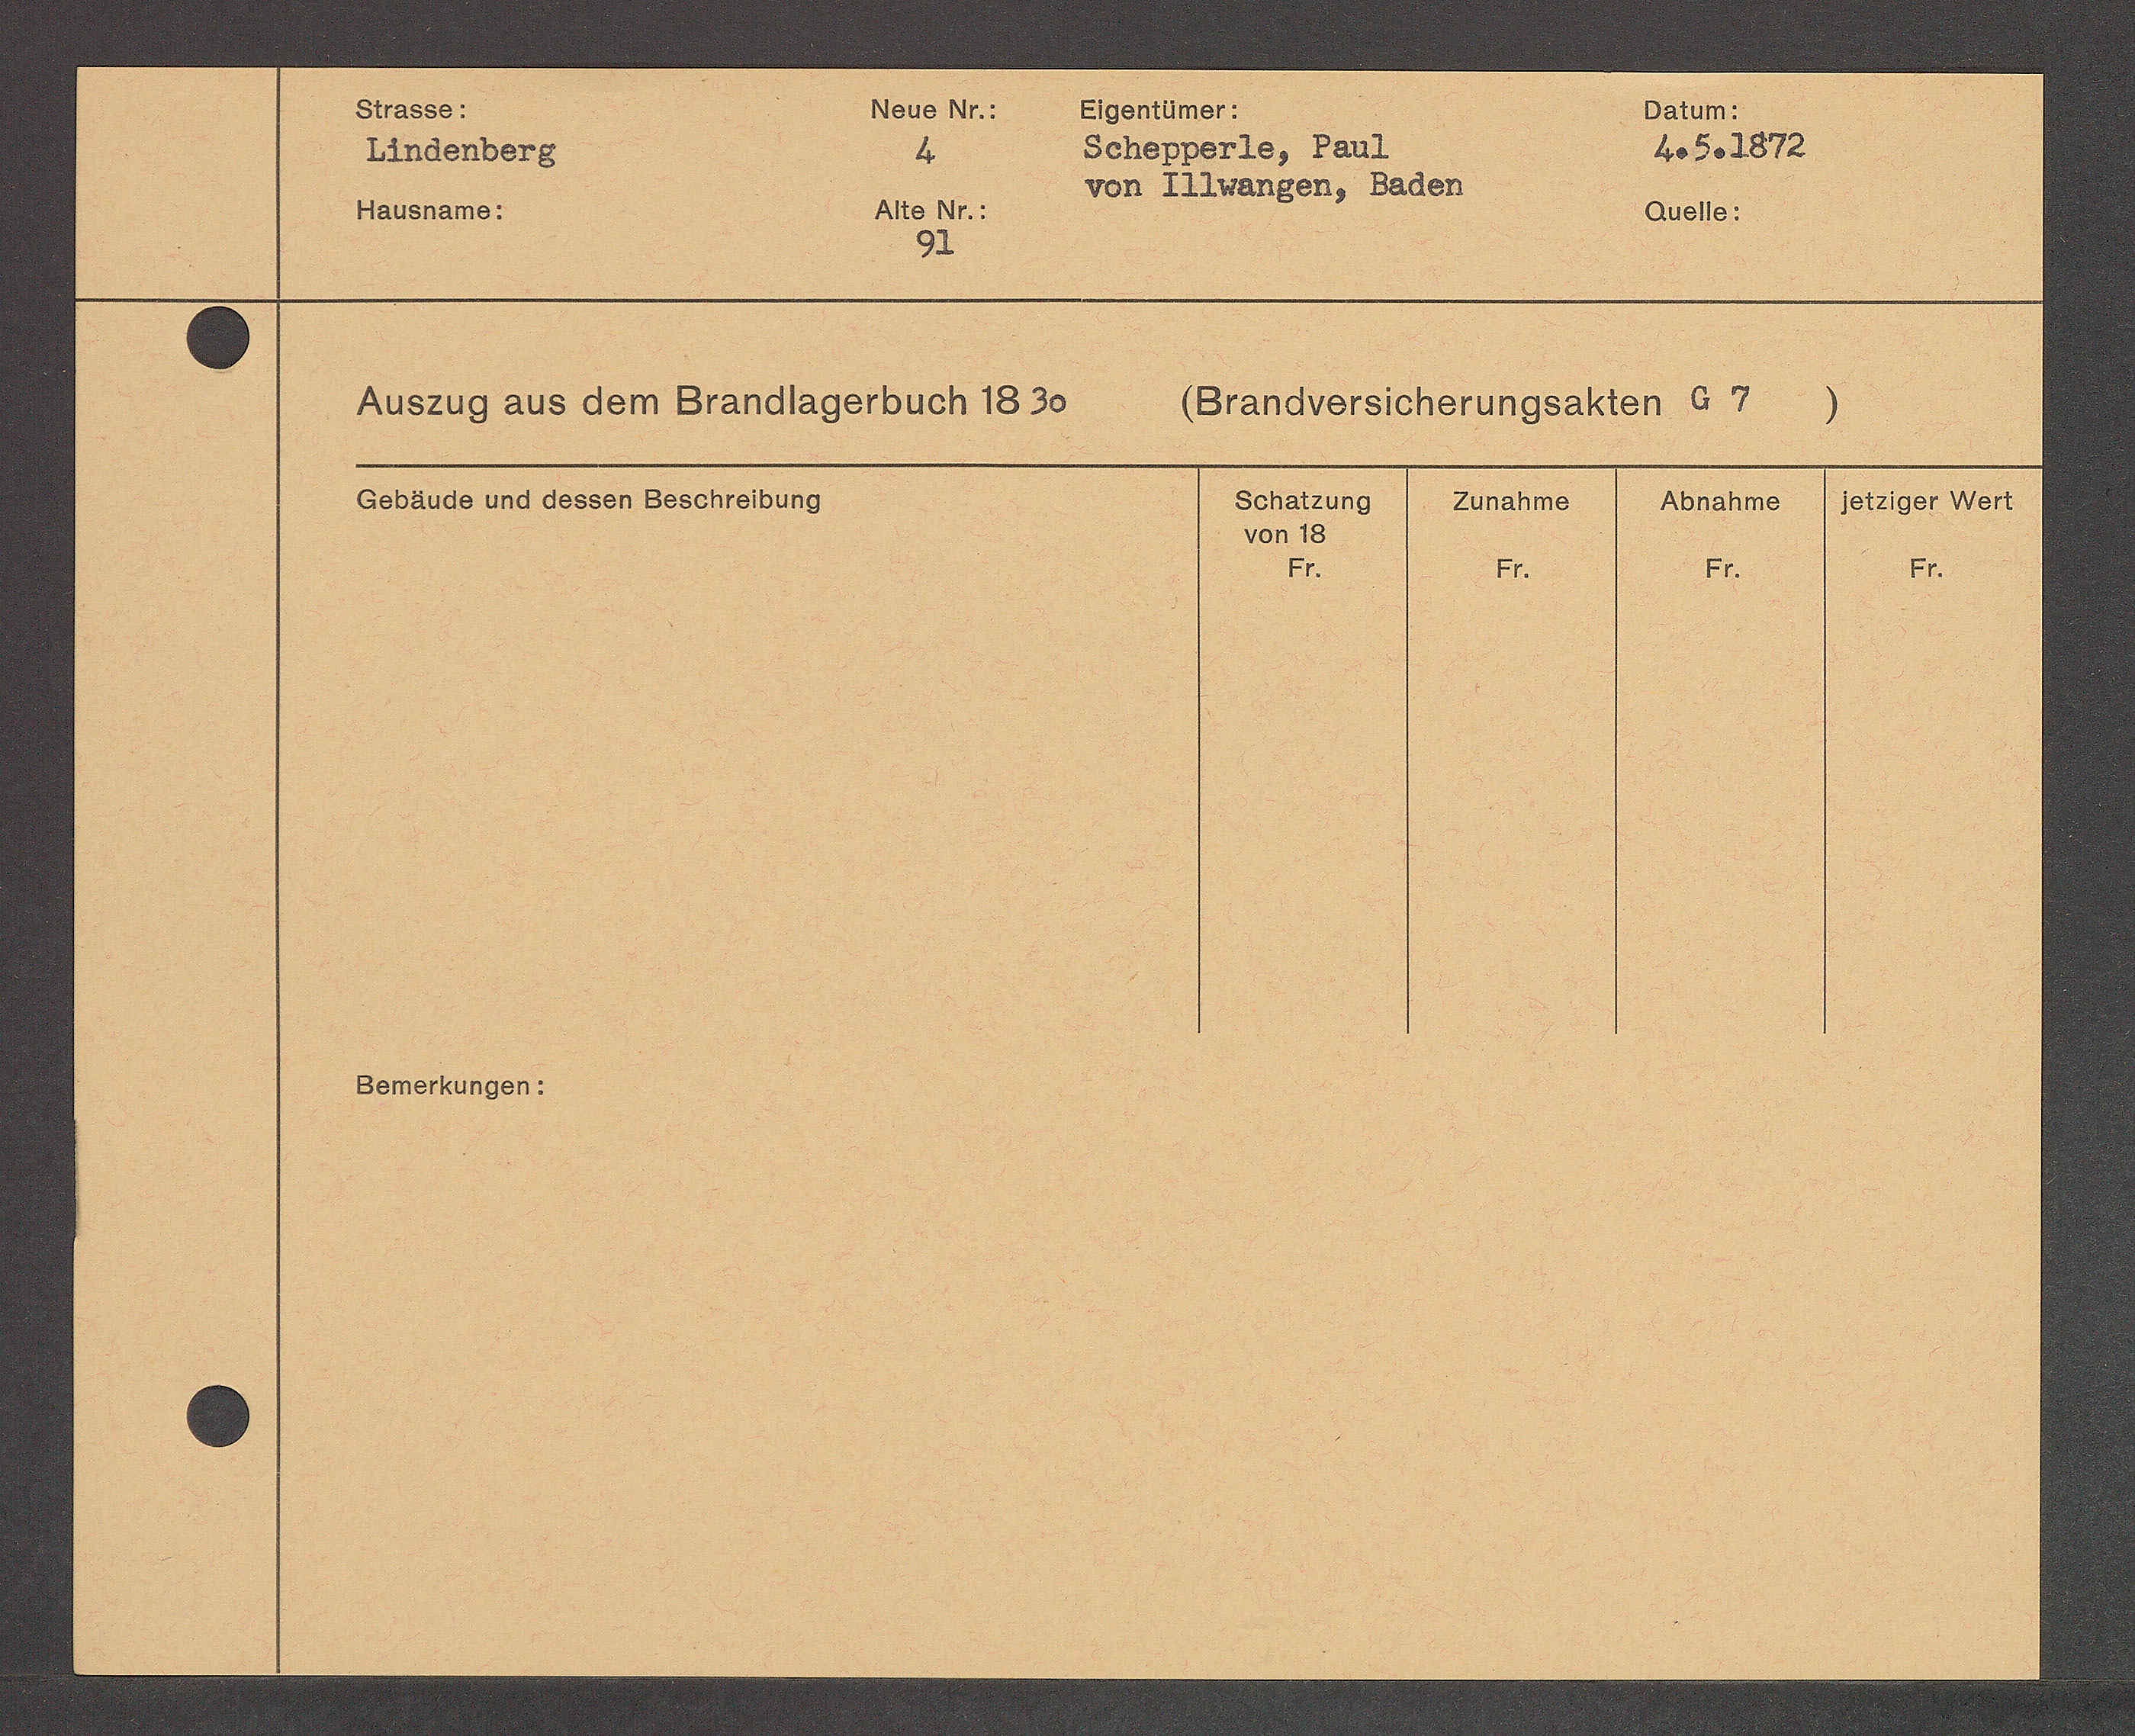
Transcript:
Bemerkungen:

Gebäude und dessen Beschreibung

von Ellnangen, Baden

Fr.